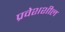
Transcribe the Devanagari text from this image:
प्रवेशशील